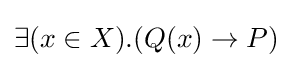
\exists (x\in X).(Q(x)\to P)